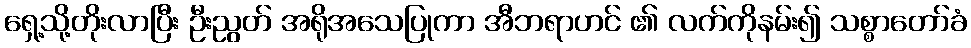
ရှေ့သို့တိုးလာပြီး ဦးညွတ် အရိုအသေပြုကာ အီဘရာဟင် ၏ လက်ကိုနမ်း၍ သစ္စာတော်ခံ